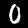
Label: 0